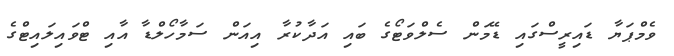
ވެމްޕަޔާ ޑައިރީސްގައި ޑޭމަން ސެލްވަޓޯގެ ބައި އަދާކުރާ އިއަން ސަމާހޯލްޑާ އާއި ޓްވައިލައިޓްގެ